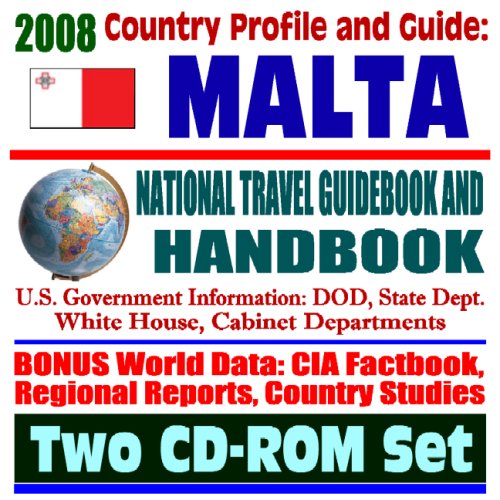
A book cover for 2008 Country Profile and Guide to Malta and Gozo - National Travel Guidebook and Handbook - Doing Business, Navy Military Exercises, Phoenix Express (Two CD-ROM Set); U.S. Government; Travel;